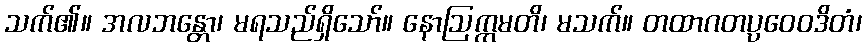
သက်၏။ အလဘန္တော၊ မရသည်ရှိသော်။ နောဩက္ကမတိ၊ မသက်။ တထာဂတပ္ပဝေဝဒိတံ၊